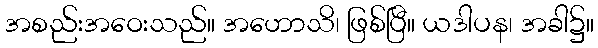
အစည်းအဝေးသည်။ အဟောသိ၊ ဖြစ်ပြီ။ ယဒါပန၊ အခါ၌။